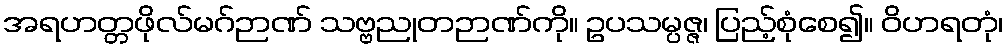
အရဟတ္တဖိုလ်မဂ်ဉာဏ် သဗ္ဗညုတဉာဏ်ကို။ ဥပသမ္ပဇ္ဇ၊ ပြည့်စုံစေ၍။ ဝိဟရတုံ၊